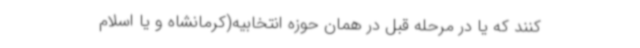
کنند که یا در مرحله قبل در همان حوزه انتخابیه(کرمانشاه و یا اسلام